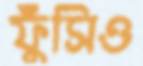
ফুঁসিও